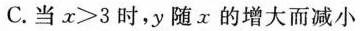
C.当$$x > 3$$时，y随x的增大而减小